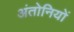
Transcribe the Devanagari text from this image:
अंतोनियों